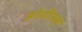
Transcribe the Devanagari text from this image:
होगील्ला